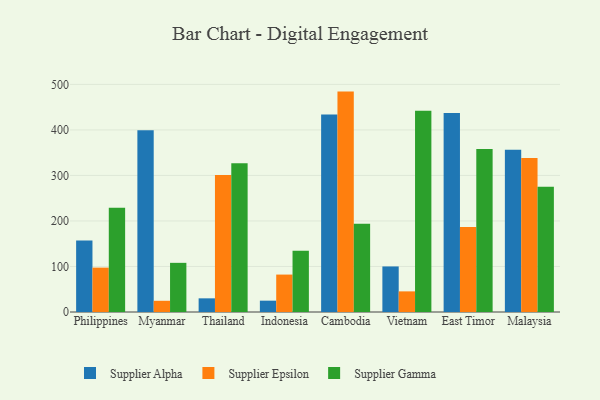
{"axis": {"x": "Country", "y": "LTV (USD)"}, "legend": ["Supplier Alpha", "Supplier Epsilon", "Supplier Gamma"], "data": [{"x": "Philippines", "y": 157.2, "type": "Supplier Alpha"}, {"x": "Philippines", "y": 97.5, "type": "Supplier Epsilon"}, {"x": "Philippines", "y": 229.2, "type": "Supplier Gamma"}, {"x": "Myanmar", "y": 399.1, "type": "Supplier Alpha"}, {"x": "Myanmar", "y": 24.6, "type": "Supplier Epsilon"}, {"x": "Myanmar", "y": 108.0, "type": "Supplier Gamma"}, {"x": "Thailand", "y": 30.0, "type": "Supplier Alpha"}, {"x": "Thailand", "y": 301.2, "type": "Supplier Epsilon"}, {"x": "Thailand", "y": 326.9, "type": "Supplier Gamma"}, {"x": "Indonesia", "y": 24.9, "type": "Supplier Alpha"}, {"x": "Indonesia", "y": 82.2, "type": "Supplier Epsilon"}, {"x": "Indonesia", "y": 134.7, "type": "Supplier Gamma"}, {"x": "Cambodia", "y": 433.9, "type": "Supplier Alpha"}, {"x": "Cambodia", "y": 484.2, "type": "Supplier Epsilon"}, {"x": "Cambodia", "y": 194.1, "type": "Supplier Gamma"}, {"x": "Vietnam", "y": 100.1, "type": "Supplier Alpha"}, {"x": "Vietnam", "y": 45.3, "type": "Supplier Epsilon"}, {"x": "Vietnam", "y": 442.3, "type": "Supplier Gamma"}, {"x": "East Timor", "y": 437.4, "type": "Supplier Alpha"}, {"x": "East Timor", "y": 186.8, "type": "Supplier Epsilon"}, {"x": "East Timor", "y": 358.0, "type": "Supplier Gamma"}, {"x": "Malaysia", "y": 356.6, "type": "Supplier Alpha"}, {"x": "Malaysia", "y": 338.3, "type": "Supplier Epsilon"}, {"x": "Malaysia", "y": 274.9, "type": "Supplier Gamma"}]}